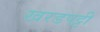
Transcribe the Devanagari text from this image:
खरडपट्टी